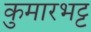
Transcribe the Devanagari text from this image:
कुमारभट्ट